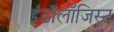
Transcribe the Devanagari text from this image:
इंडॉलॉजिस्ट